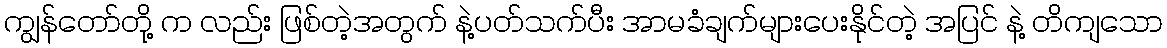
ကျွန်တော်တို့ က လည်း ဖြစ်တဲ့အတွက် နဲ့ပတ်သက်ပီး အာမခံချက်များပေးနိုင်တဲ့ အပြင် နဲ့ တိကျသော